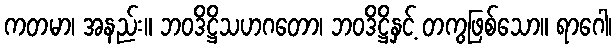
ကတမာ၊ အနည်း။ ဘဝဒိဋ္ဌိသဟဂတော၊ ဘဝဒိဋ္ဌိနှင့် တကွဖြစ်သော။ ရာဂေါ၊